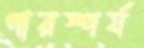
পারস্পর্য